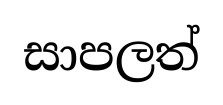
සාපලත්